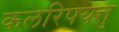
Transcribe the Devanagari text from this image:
कलरिपयत्तु